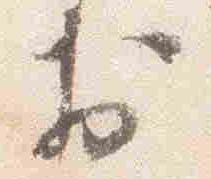
於